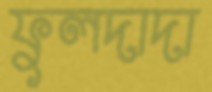
ফুলদাদা